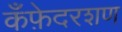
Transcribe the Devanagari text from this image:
कँफ़ेदरशण